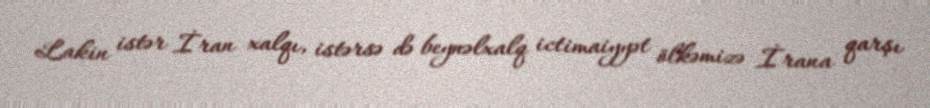
Lakin istər İran xalqı, istərsə də beynəlxalq ictimaiyyət ölkəmizə İrana qarşı